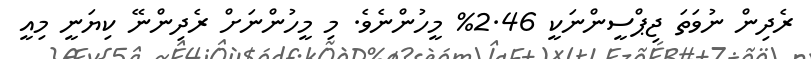
ރެދިން ނުވަތަ ޖިޕްސީންނަކީ 2.46% މީހުންނެވެ. މި މީހުންނަށް ރެދިންނޭ ކިޔަނީ މިއީ